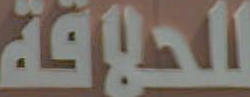
الحلقة